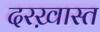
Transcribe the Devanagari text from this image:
दरख़ास्त